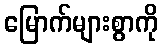
မြောက်များစွာကို